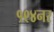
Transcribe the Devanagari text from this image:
१९४नर